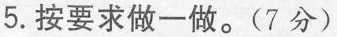
5.按要求做一做。(7分)